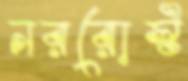
নররোস্ট